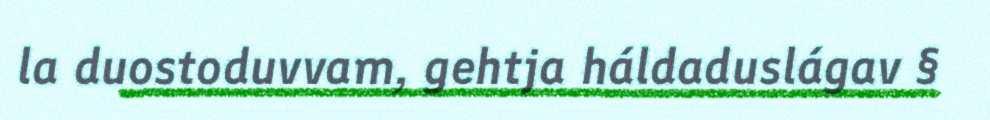
la duostoduvvam, gehtja háldaduslágav §